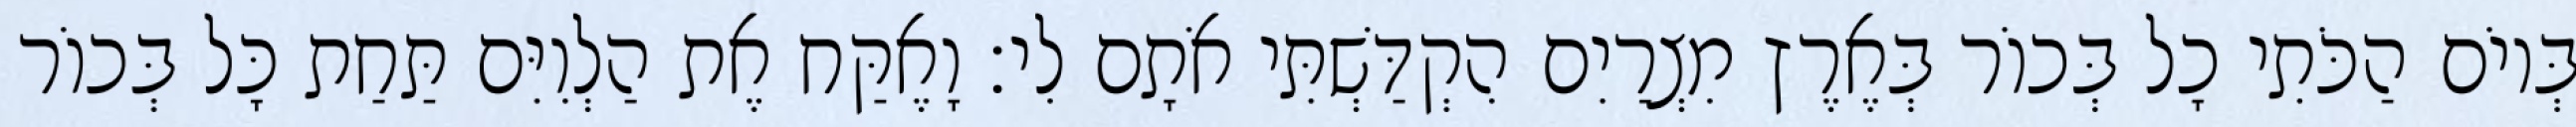
בְּיוֹם הַכֹּתִי כָל בְּכוֹר בְּאֶרֶץ מִצְרַיִם הִקְדַּשְׁתִּי אֹתָם לִי׃ וָאֶקַּח אֶת הַלְוִיִּם תַּחַת כָּל בְּכוֹר